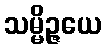
သမ္မိဉ္ဇယေ